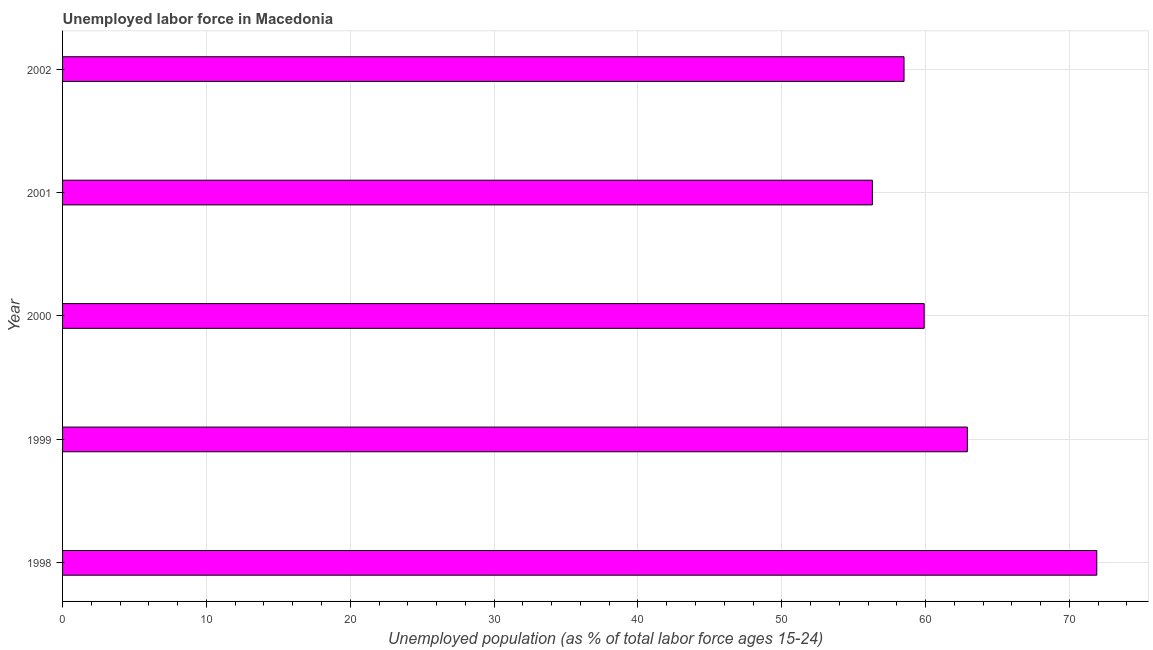
| Year | Unemployment |
 | --- | --- |
 | 1998 | 71.9 |
 | 1999 | 62.9 |
 | 2000 | 59.9 |
 | 2001 | 56.3 |
 | 2002 | 58.5 |